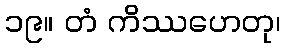
၁၉။ တံ ကိဿဟေတု၊